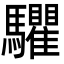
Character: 𩧘